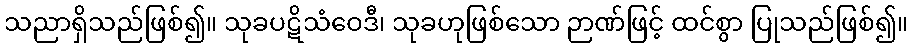
သညာရှိသည်ဖြစ်၍။ သုခပဋိသံဝေဒီ၊ သုခဟုဖြစ်သော ဉာဏ်ဖြင့် ထင်စွာ ပြုသည်ဖြစ်၍။